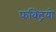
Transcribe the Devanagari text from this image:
फक्ट्रियो